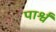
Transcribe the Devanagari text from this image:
पार्श्वं